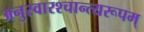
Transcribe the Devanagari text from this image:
अनुस्वारश्चान्त्यरूपम्